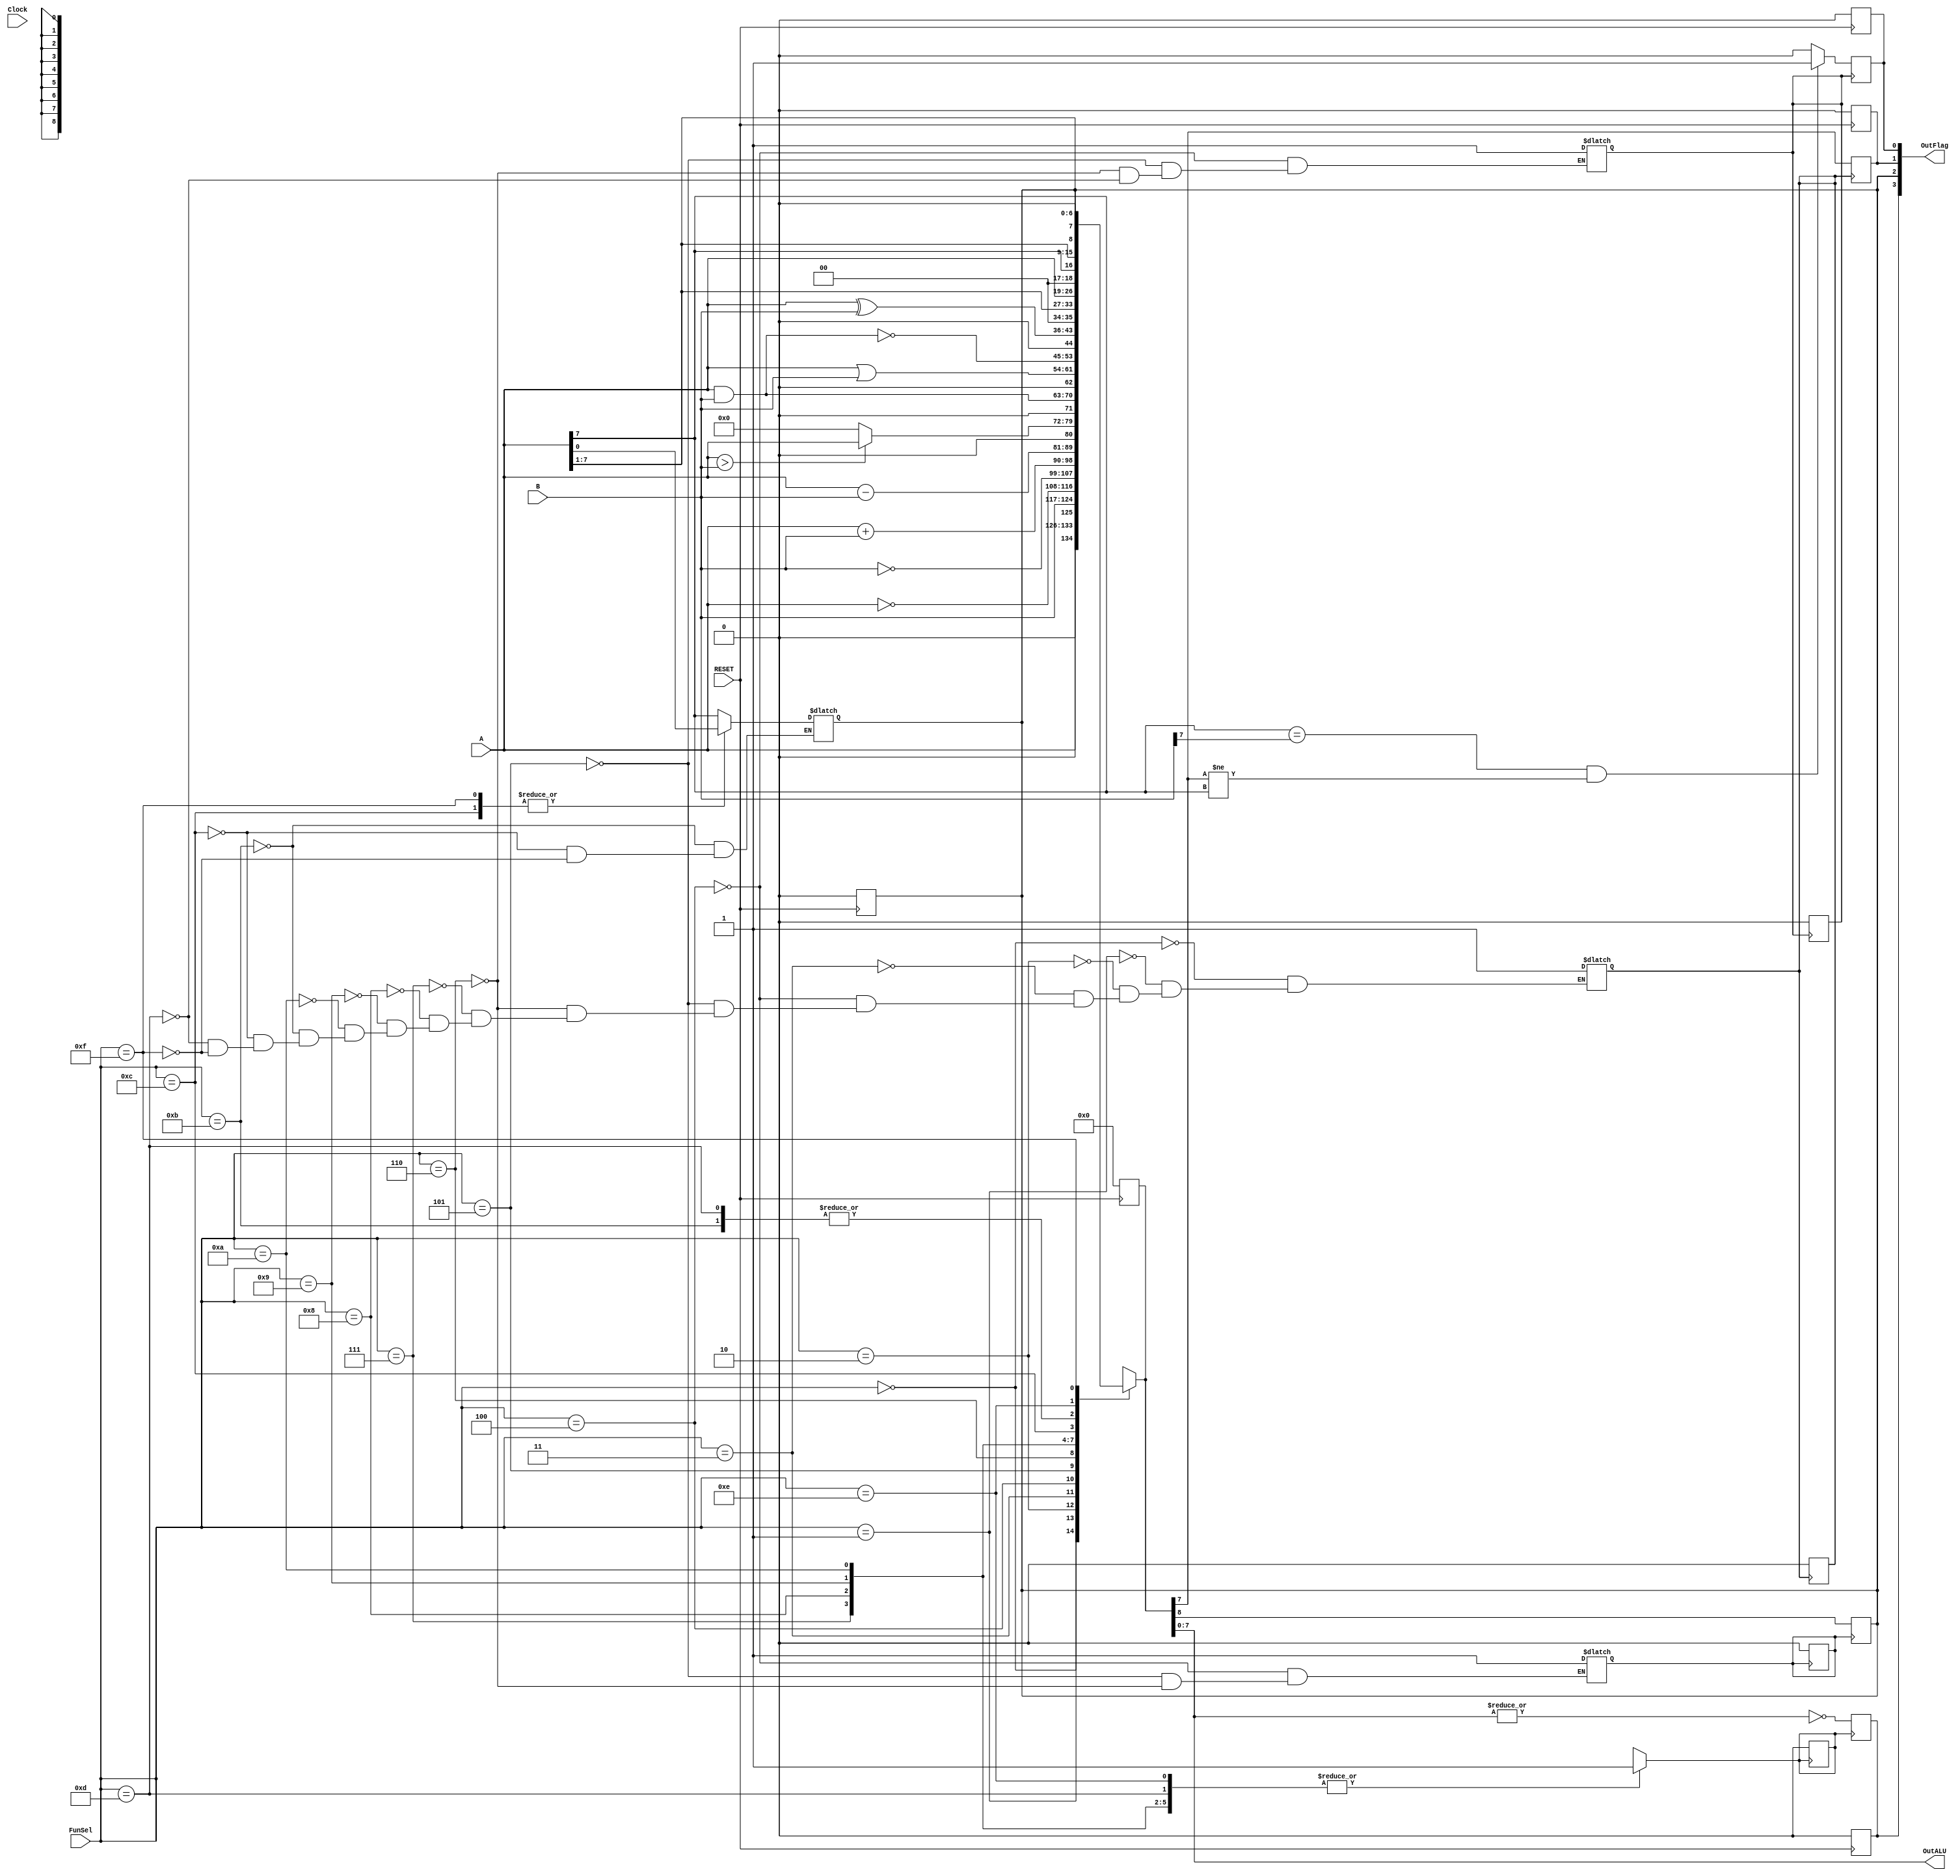
module ALU (
    A,B,FunSel,OutALU,OutFlag,RESET,Clock
);
input wire [7:0] A;
input wire [7:0] B;
input wire RESET;
input wire Clock;
input wire [3:0] FunSel;
output wire [7:0] OutALU;
output wire [3:0] OutFlag;

reg [8:0] result = 0;

reg ZERO = 1'bX;
reg SET_ZERO;
reg CARRY = 1'bX;
reg SET_CARRY;
reg NEGATIVE = 1'bX;
reg SET_NEGATIVE;
reg OVERFLOW = 1'bX;
reg SET_OVERFLOW;

//OVERFLOW SHOULD BE CALLED BEFORE CARRY

always @(FunSel) begin
    #4;
    $display("ALU OPERATION A = %x, B = %x, Result = %x, FunSel = %x", A, B, result[7:0], FunSel);
end

always @(A,B,FunSel,Clock) begin
    case (FunSel) 
        4'b0000: begin // A 
            result <= A; // A 
            SET_ZERO <= 1'b1;
            SET_NEGATIVE <= 1'b1;
        end
        4'b0001: begin // B
            result <= B; // B
            SET_ZERO <= 1'b1;
            SET_NEGATIVE <= 1'b1;
        end
        4'b0010: begin // not A
            result <= ~A; // not A
            SET_ZERO <= 1'b1;
            SET_NEGATIVE <= 1'b1;
        end
        4'b0011: begin // not B
            result <= ~B; // not B
            SET_ZERO <= 1'b1;
            SET_NEGATIVE <= 1'b1;
        end
        4'b0100: begin // A + B
            result <= A + B ; // A + B
            SET_ZERO <= 1'b1;
            SET_NEGATIVE <= 1'b1;
            SET_OVERFLOW <= 1'b1;
            SET_CARRY <= 1'b1;
        end
        4'b0101: begin // A - B
            result <= A - B ;#1;
            SET_ZERO <= 1'b1; 
            SET_NEGATIVE <= 1'b1;
            SET_OVERFLOW <= 1'b1;
            SET_CARRY <= 1'b1;
        end
        4'b0110: begin // Compare A , B
            if (A > B) begin
                result <= A; // A is greater, return A
            end else begin
                result <= 8'd0; // A is not greater, return 0
            end
            SET_ZERO <= 1'b1;
            SET_NEGATIVE <= 1'b1;
            SET_OVERFLOW <= 1'b1;
            SET_CARRY <= 1'b1;
        end
        4'b0111: begin // A and B
            result <= A & B; // A and B
            SET_ZERO <= 1'b1;
            SET_NEGATIVE <= 1'b1;
        end
        4'b1000: begin // A or B
            result <= A | B; // A or B
            SET_ZERO <= 1'b1;
            SET_NEGATIVE <= 1'b1;
        end
        4'b1001: begin // A NAND B
            result <= ~(A & B); // A NAND B
            SET_ZERO <= 1'b1;
            SET_NEGATIVE <= 1'b1;
        end
        4'b1010: begin // A xor B
            result <= A ^ B; // A xor B
            SET_ZERO <= 1'b1;
            SET_NEGATIVE <= 1'b1;
        end
        4'b1011: begin // Logical shift left A and insert 0
            result <= {A, 1'b0}; // Logical shift left A and insert 0
            SET_ZERO <= 1'b1;
            SET_NEGATIVE <= 1'b1;
            CARRY <= A[7];
        end
        4'b1100: begin // Logical shift right A and insert 0
            result <= {2'b00, A[7:1]}; // Logical shift right A and insert 0
            SET_ZERO <= 1'b1;
            SET_NEGATIVE <= 1'b1;
            CARRY <= A[0];
        end
        4'b1101: begin // arithmetic shift left A and insert 0
            result <= {A, 1'b0}; // arithmetic shift left A and insert 0
            SET_ZERO <= 1'b1;
            SET_NEGATIVE <= 1'b1;
            SET_OVERFLOW <= 1'b1;
        end
        4'b1110: begin // arithmetic shift right A and insert 0
            result <= {1'b0, A[7] ,A[7:1]}; // arithmetic shift right A and insert 0
            SET_ZERO <= 1'b1;
        end
        4'b1111: begin //CSL 
            result <= {1'b0,CARRY, A[7:1]}; //CSL
            CARRY <= A[0];
            SET_ZERO <= 1'b1;
            SET_NEGATIVE <= 1'b1;
        end
    endcase
end
//clock rasing edge
always @(posedge SET_NEGATIVE) begin
    NEGATIVE <= OutALU[7];
    SET_NEGATIVE <= 1'b0;
end

always @(posedge SET_ZERO) begin
        ZERO <= ~(|OutALU[7:0]);
    SET_ZERO <= 1'b0;
end

always @(posedge SET_CARRY) begin
    CARRY <= result[8];
    SET_CARRY <= 1'b0;
end

always @(posedge SET_OVERFLOW) begin
    if (A[7] == B[7] && result[7] != A[7]) begin
        OVERFLOW <= 1'b1;
    end else begin
        OVERFLOW <= 1'b0;
    end
    SET_OVERFLOW <= 1'b0;
end

always @(posedge RESET) begin
    $display("RESET");
    ZERO <= 1'b0;
    CARRY <= 1'b0;
    NEGATIVE <= 1'b0;
    OVERFLOW <= 1'b0;
    result <= 9'b0;
end

assign OutFlag = {ZERO, CARRY, NEGATIVE, OVERFLOW};
assign OutALU = result[7:0];
endmodule